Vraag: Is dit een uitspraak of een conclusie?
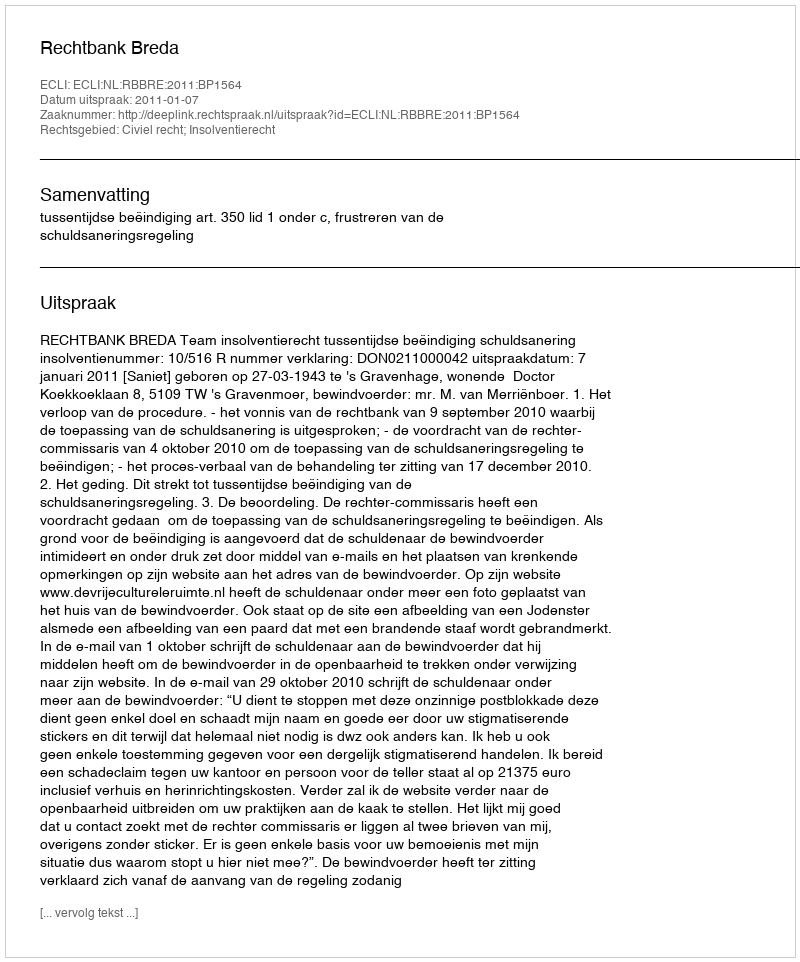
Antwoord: Uitspraak